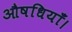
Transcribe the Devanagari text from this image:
औषधियाँ।